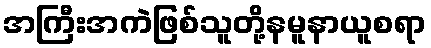
အကြီးအကဲဖြစ်သူတို့နမူနာယူစရာ